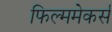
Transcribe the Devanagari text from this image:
फिल्ममेकर्स